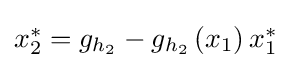
{\textstyle x_{2}^{*}=g_{h_{2}}-g_{h_{2}}\left(x_{1}\right)x_{1}^{*}}